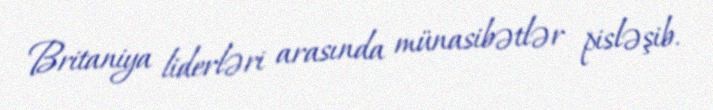
Britaniya liderləri arasında münasibətlər pisləşib.